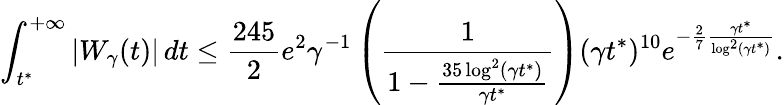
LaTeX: \int_{t^{*}}^{+\infty}|W_{\gamma}(t)|\, dt\leq\frac{245}{2}e^{2}\gamma^{-1}\left(\frac{1}{1-\frac{35\log^{2}(\gamma t^{*})}{\gamma t^{*}}}\right)(\gamma t^{*})^{10}e^{-\frac{2}{7}\frac{\gamma t^{*}}{\log^{2}(\gamma t^{*})}}.